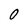
Character: O